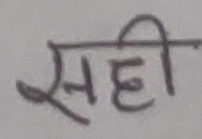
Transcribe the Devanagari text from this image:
सही